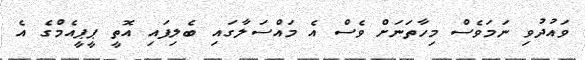
ވައުދުވި ނަމަވެސް މިހާތަނަށް ވެސް އެ މައްސަލާގައި ބެލިފައި އޮތީ ޕީޕީއެމްގެ އެ